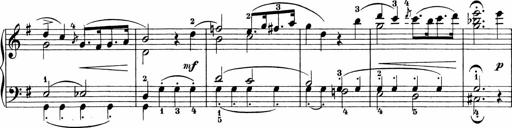
Title: 3 Sonatinas
Composer: Carl Reinecke